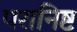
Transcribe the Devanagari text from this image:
परानिष्ट